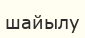
шайылу